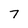
Character: 7